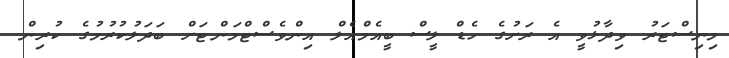
މިނިސްޓަރު ވިދާޅުވީ އެ ރަށުގެ ހެޑް ލީސް ބީއެމްއެލް އިންވެސްޓްމަންޓަށް ބަދަލުކުރުމުގެ ކުރިން